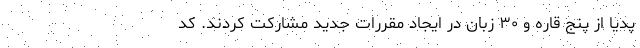
پدیا از پنج قاره و ۳۰ زبان در ایجاد مقررات جدید مشارکت کردند. کد